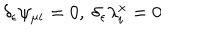
\delta _ { \epsilon } \psi _ { \mu i } = 0 , \ \delta _ { \epsilon } \lambda _ { i } ^ { x } = 0